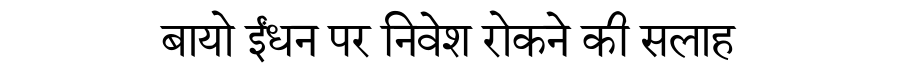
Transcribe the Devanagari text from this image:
बायो ईंधन पर निवेश रोकने की सलाह